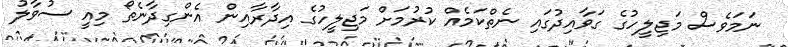
ނަމަވެސް މަޖިލީހުގެ ގަވާއިދުގައި ނެތްކަމެއް ކުރުމަށް މަޖިލީހުގެ އިދާރާއިން އެންގިދާނެތޯ މިއީ ސުވާލު